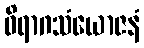
ဝိရာဂသံယောဇနံ